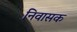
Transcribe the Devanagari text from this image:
निवासक